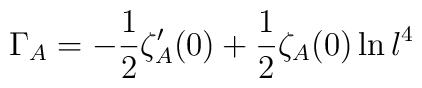
\Gamma_A=-\frac{1}{2}\zeta'_A(0)+\frac{1}{2}\zeta_A(0)\ln l^4